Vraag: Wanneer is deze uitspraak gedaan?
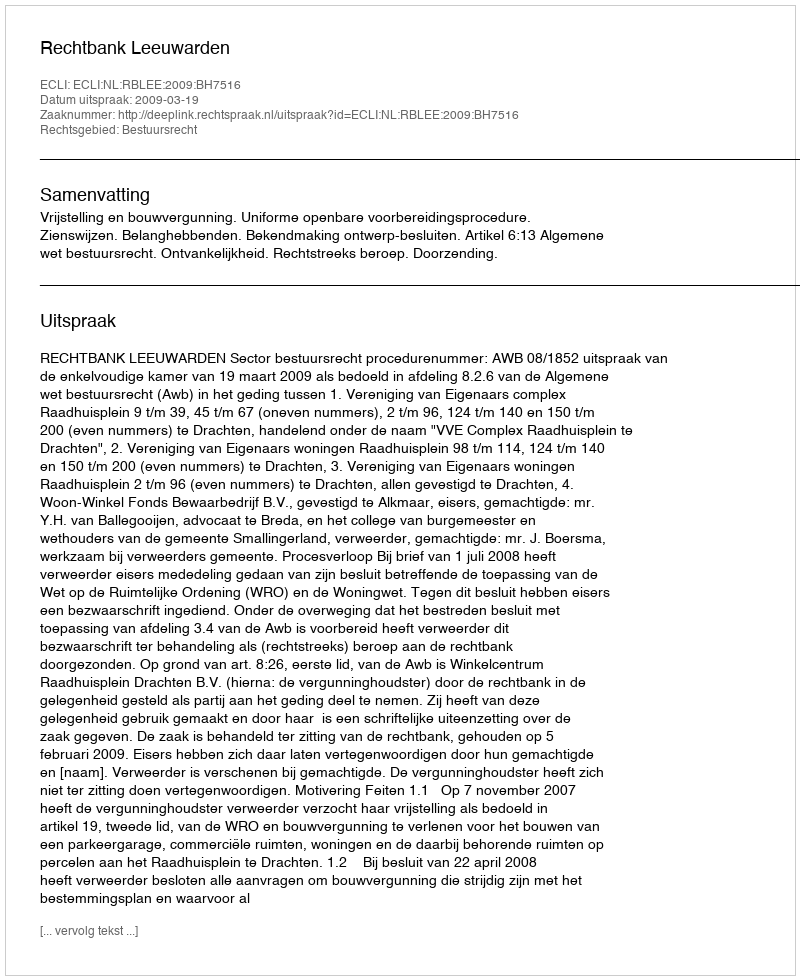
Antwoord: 2009-03-19